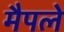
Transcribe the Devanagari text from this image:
मैपले